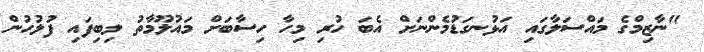
"ނާޒިމްގެ މައްސަލާގައި އަޅުނގަޑުމެންނަށް އެބަ ހުރި މިހާ ހިސާބަށް މައުލޫމާތު ލިބިފައި ފުލުހުން